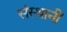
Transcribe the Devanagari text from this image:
संस्थानीं